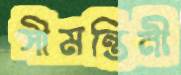
সীমন্তিনী